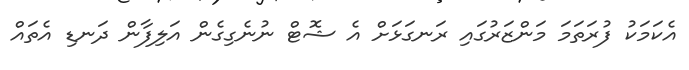
އެކަމަކު ފުރަތަމަ މަންޒަރުގައި ރަނގަޅަށް އެ ޝޮޓް ނުނެގިގެން އަލިފާން ދަނޑި އެތައް